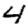
Digit: 4